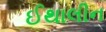
ઈથાલીન